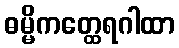
ဓမ္မိကတ္ထေရဂါထာ